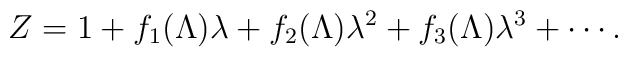
Z = 1 + f_1(\Lambda) \lambda + f_2(\Lambda) \lambda^2 +f_3(\Lambda) \lambda^3 + \cdots .